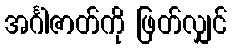
အင်္ဂါဇာတ်ကို ဖြတ်လျှင်